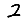
Digit: 2